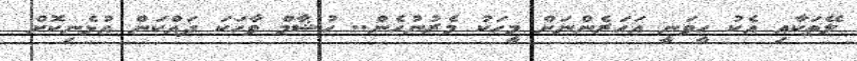
ލޭތަކާއި އެކު ހީވަނީ އަހަރެންނަށް މީހަކު މެރުނުހެން.. ހުޝާމް ވާހަކަ ދައްކަން އުޅެނިކޮށް